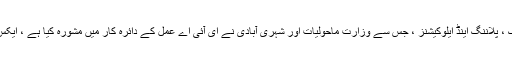
وزارت جنگلات و آبی امور ، ڈی ایس آئی ڈیپارٹمنٹ آف سروینگ ، پلاننگ اینڈ ایلوکیشنز ، جس سے وزارت ماحولیات اور شہری آبادی نے ای آئی اے عمل کے دائرہ کار میں مشورہ کیا ہے ، ایکس این ایم ایکس ایکس نے مارچ 20 پر اپنی جامع رائے بتائی ہے۔